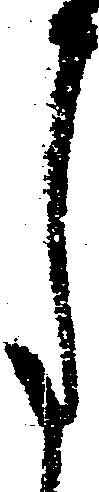
月